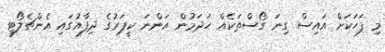
މި ފަހަކަށް އައިސް ގިނަ ގޯސްތަކެއް ހަދަމުން އަންނަ ކީޕަރުގެ ދިފާއުގައި އެންޗެލޯޓީ